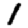
Digit: 1